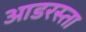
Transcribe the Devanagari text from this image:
आडरस्ता